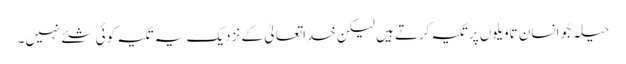
حیلہ جُو انسان تاویلوں پرتکیہ کرتے ہیں لیکن خداتعالیٰ کے نزدیک یہ تکیہ کوئی شئے نہیں۔